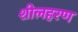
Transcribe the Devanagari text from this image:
शीलहरण